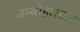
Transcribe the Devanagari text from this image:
जम्बोहोस्टल